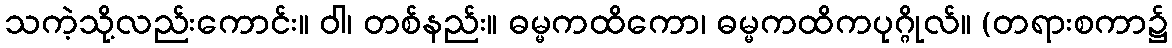
သကဲ့သို့လည်းကောင်း။ ဝါ၊ တစ်နည်း။ ဓမ္မကထိကော၊ ဓမ္မကထိကပုဂ္ဂိုလ်။ (တရားစကာ၌